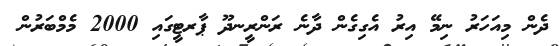
ދެން މިއަހަރު ނިމޭ އިރު އެގިގެން ދާނެ ރަންރީނދޫ ޕާރޓީގައި 2000 މެމްބަރުން